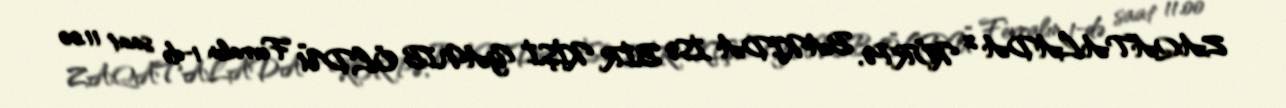
ZAQATALADA 2 KÖRPƏ, BAKIDA İSƏ BİR KİŞİ YANIB ÖLDÜ Fevralın 1-də saat 11.00